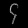
Digit: ၄